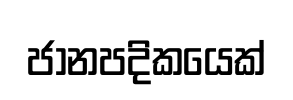
ජානපදිකයෙක්